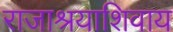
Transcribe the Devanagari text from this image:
राजाश्रयाशिवाय